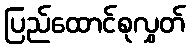
ပြည်ထောင်စုလွှတ်